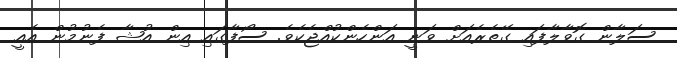
ސަލާން ގޮވާލާފައި ގޭތެރެއަށް ވަނީ އަންހެންކުއްޖެކެވެ. ސޯފާގައި އިން އުޝާ ފެނުމުން އެއީ